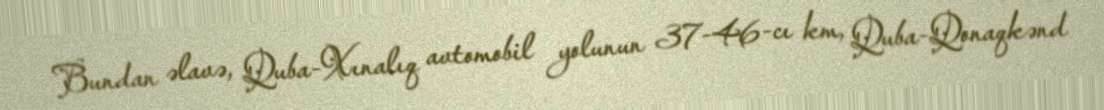
Bundan əlavə, Quba-Xınalıq avtomobil yolunun 37-46-cı km, Quba-Qonaqkənd